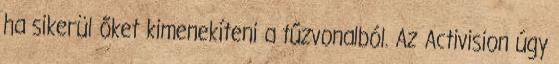
ha sikerül őket kimenekíteni a tűzvonalból. Az Activision úgy